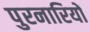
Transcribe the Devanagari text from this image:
पुरनारियों